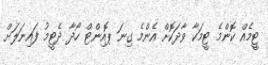
ޓީމެއް ކޮންމެ ޓީމަކާ ވާދަކޮށް އެންމެ ގިނަ ޕޮއިންޓް ހޯދާ ދެޓީމު ފައިނަލަށް